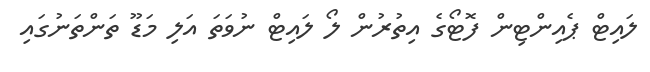
ލައިޓް ޕެއިންޓިން ފޮޓޯގެ އިތުރުން ލޯ ލައިޓް ނުވަތަ އަލި މަޑޫ ތަންތަނުގައި